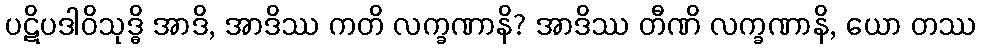
ပဋိပဒါဝိသုဒ္ဓိ အာဒိ, အာဒိဿ ကတိ လက္ခဏာနိ? အာဒိဿ တီဏိ လက္ခဏာနိ, ယော တဿ